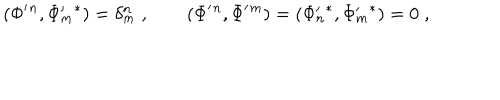
LaTeX: ( \Phi ^ { \prime } { } ^ { n } , \Phi _ { m } ^ { \prime } { } ^ { * } ) = \delta _ { m } ^ { n } \; , \qquad ( \Phi ^ { \prime } { } ^ { n } , \Phi ^ { \prime } { } ^ { m } ) = ( \Phi _ { n } ^ { \prime } { } ^ { * } , \Phi _ { m } ^ { \prime } { } ^ { * } ) = 0 \; ,